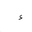
Letter: _hamza